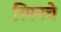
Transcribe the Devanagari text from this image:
रिमनचे